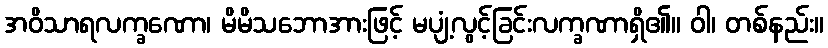
အဝိသာရလက္ခဏော၊ မိမိသဘောအားဖြင့် မပျံ့လွင့်ခြင်းလက္ခဏာရှိ၏။ ဝါ၊ တစ်နည်း။